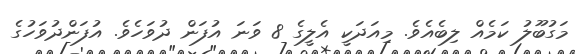
މަގުބޫލު ކަމެއް ލިބެއެވެ. މިއަދަކީ އެލީގެ 8 ވަނަ އުފަން ދުވަހެވެ. އުފަންދުވަހުގެ